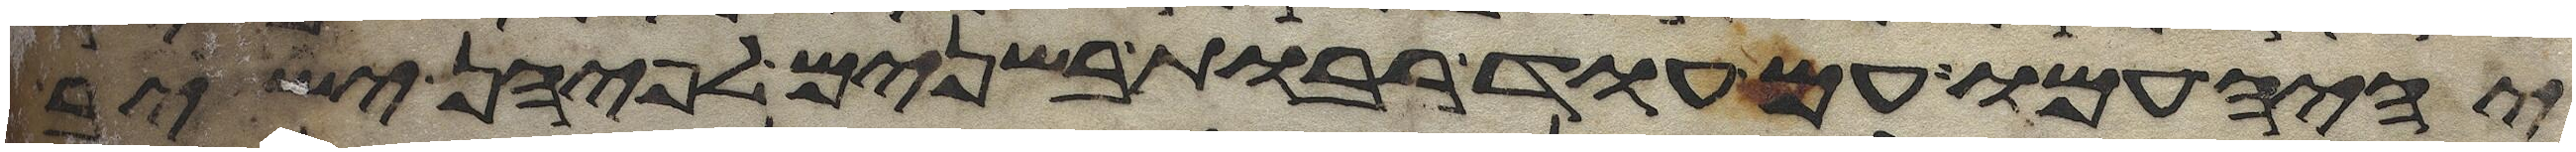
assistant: יהיה עמו אם עוד רבות בשנים לפיהן ישיב